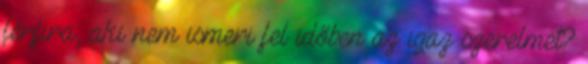
férfira, aki nem ismeri fel időben az igaz szerelmet?